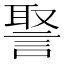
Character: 𧩞